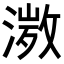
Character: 𭱾